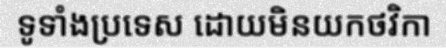
ទូទាំងប្រទេស ដោយមិនយកថវិកា